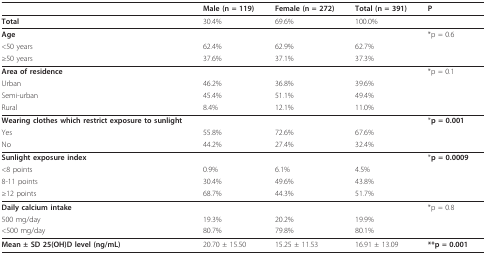
<table><thead><tr><td></td><td><b>Male (n = 119)</b></td><td><b>Female (n = 272)</b></td><td><b>Total (n = 391)</b></td><td><b>P</b></td></tr></thead><tbody><tr><td><b>Total</b></td><td>30.4%</td><td>69.6%</td><td>100.0%</td><td></td></tr><tr><td><b>Age</b></td><td></td><td></td><td></td><td>*p = 0.6</td></tr><tr><td>&lt;50 years</td><td>62.4%</td><td>62.9%</td><td>62.7%</td><td></td></tr><tr><td>≥50 years</td><td>37.6%</td><td>37.1%</td><td>37.3%</td><td></td></tr><tr><td><b>Area of residence</b></td><td></td><td></td><td></td><td>*p = 0.1</td></tr><tr><td>Urban</td><td>46.2%</td><td>36.8%</td><td>39.6%</td><td></td></tr><tr><td>Semi-urban</td><td>45.4%</td><td>51.1%</td><td>49.4%</td><td></td></tr><tr><td>Rural</td><td>8.4%</td><td>12.1%</td><td>11.0%</td><td></td></tr><tr><td><b>Wearing clothes which restrict exposure to sunlight</b></td><td></td><td></td><td></td><td>*<b>p = 0.001</b></td></tr><tr><td>Yes</td><td>55.8%</td><td>72.6%</td><td>67.6%</td><td></td></tr><tr><td>No</td><td>44.2%</td><td>27.4%</td><td>32.4%</td><td></td></tr><tr><td><b>Sunlight exposure index</b></td><td></td><td></td><td></td><td>*<b>p = 0.0009</b></td></tr><tr><td>&lt;8 points</td><td>0.9%</td><td>6.1%</td><td>4.5%</td><td></td></tr><tr><td>8-11 points</td><td>30.4%</td><td>49.6%</td><td>43.8%</td><td></td></tr><tr><td>≥12 points</td><td>68.7%</td><td>44.3%</td><td>51.7%</td><td></td></tr><tr><td><b>Daily calcium intake</b></td><td></td><td></td><td></td><td>*p = 0.8</td></tr><tr><td>500 mg/day</td><td>19.3%</td><td>20.2%</td><td>19.9%</td><td></td></tr><tr><td>&lt;500 mg/day</td><td>80.7%</td><td>79.8%</td><td>80.1%</td><td></td></tr><tr><td><b>Mean ± SD 25(OH)D level (ng/mL)</b></td><td>20.70 ± 15.50</td><td>15.25 ± 11.53</td><td>16.91 ± 13.09</td><td><b>**p = 0.001</b></td></tr></tbody></table>